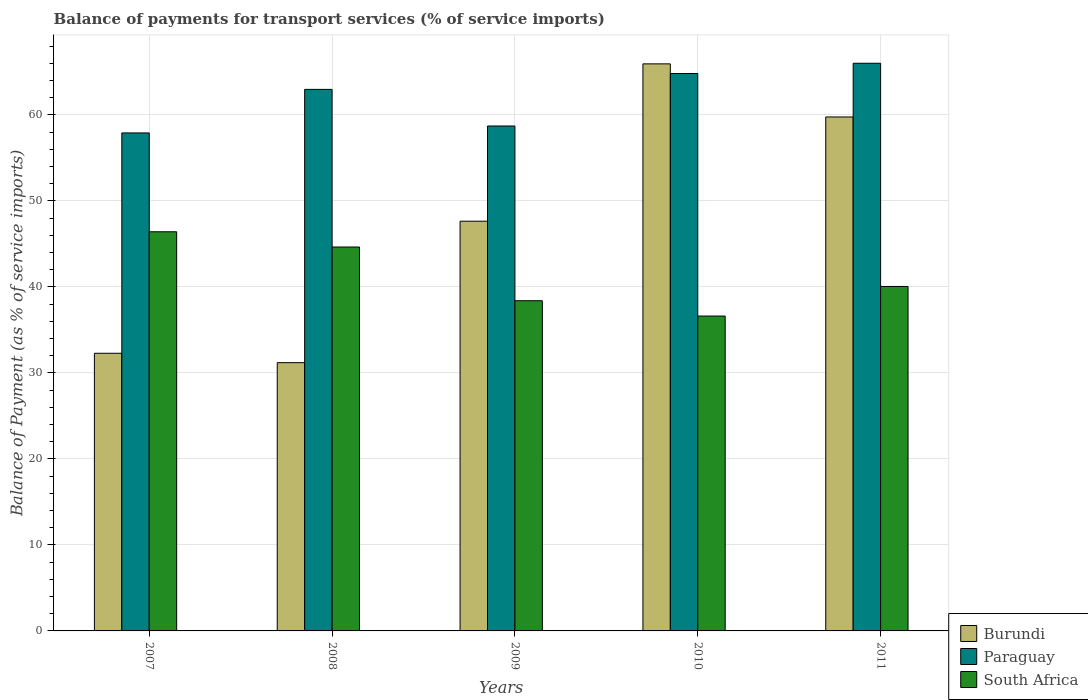
| Years | Burundi | Paraguay | South Africa |
 | --- | --- | --- | --- |
 | 2007 | 32.3 | 57.9 | 46.4 |
 | 2008 | 31.2 | 63 | 44.6 |
 | 2009 | 47.6 | 58.7 | 38.4 |
 | 2010 | 65.9 | 64.8 | 36.6 |
 | 2011 | 59.8 | 66 | 40.1 |